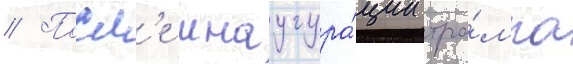
// Посл'е инаугура́ции тра́мпа